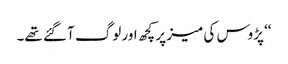
‘‘ پڑوس کی میز پر کچھ اور لوگ آ گئے تھے۔